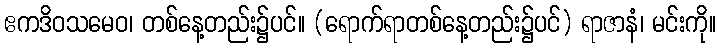
ဧကဒိဝသမေဝ၊ တစ်နေ့တည်း၌ပင်။ (ရောက်ရာတစ်နေ့တည်း၌ပင်) ရာဇာနံ၊ မင်းကို။